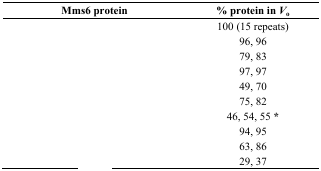
<table><thead><tr><td><b>Mms6 protein</b></td><td><b>% protein in <i>V</i><sub>o</sub></b></td></tr></thead><tbody><tr><td>[EMPTY_CELL]</td><td>100 (15 repeats)</td></tr><tr><td>[EMPTY_CELL]</td><td>96, 96</td></tr><tr><td>[EMPTY_CELL]</td><td>79, 83</td></tr><tr><td>[EMPTY_CELL]</td><td>97, 97</td></tr><tr><td>[EMPTY_CELL]</td><td>49, 70</td></tr><tr><td>[EMPTY_CELL]</td><td>75, 82</td></tr><tr><td>[EMPTY_CELL]</td><td>46, 54, 55 *</td></tr><tr><td>[EMPTY_CELL]</td><td>94, 95</td></tr><tr><td>[EMPTY_CELL]</td><td>63, 86</td></tr><tr><td>[EMPTY_CELL]</td><td>29, 37</td></tr></tbody></table>